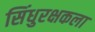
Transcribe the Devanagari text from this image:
सिंधुरक्षकला